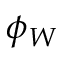
\phi _ { W }